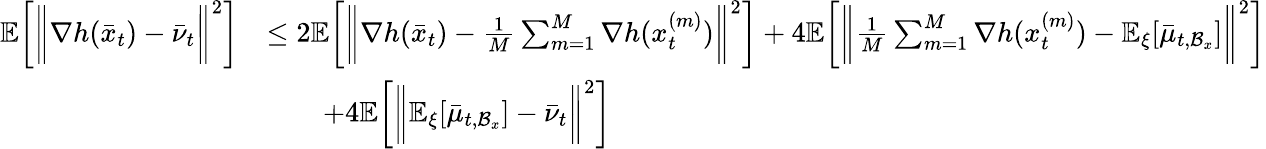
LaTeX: \begin{array}{rl}{\mathbb{E}\bigg[\bigg\| \nabla h(\bar{x}_{t})-\bar{\nu}_{t}\bigg\| ^{2}\bigg]}&{\leq 2\mathbb{E}\bigg[\bigg\| \nabla h(\bar{x}_{t})-\frac{1}{M}\sum_{m=1}^{M}\nabla h(x_{t}^{(m)})\bigg\| ^{2}\bigg]+4\mathbb{E}\bigg[\bigg\| \frac{1}{M}\sum_{m=1}^{M}\nabla h(x_{t}^{(m)})-\mathbb{E}_{\xi}[\bar{\mu}_{t,\mathcal{B}_{x}}]\bigg\| ^{2}\bigg]}\\ &{\qquad+4\mathbb{E}\bigg[\bigg\| \mathbb{E}_{\xi}[\bar{\mu}_{t,\mathcal{B}_{x}}]-\bar{\nu}_{t}\bigg\| ^{2}\bigg]}\end{array}